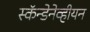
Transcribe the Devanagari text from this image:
स्कॅन्डेनेव्हीयन